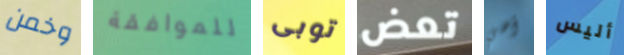
وخمن للموافقة توبى تعض أهي أليس